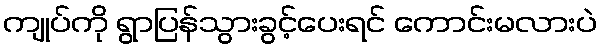
ကျုပ်ကို ရွာပြန်သွားခွင့်ပေးရင် ကောင်းမလားပဲ